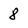
Character: 8